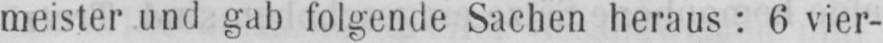
meister und gab folgende Sachen heraus: 6 vier-